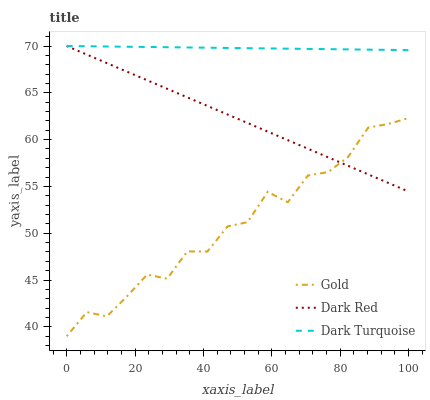
| xaxis_label | Gold | Dark Red | Dark Turquoise |
 | --- | --- | --- | --- |
 | 0 | 39 | 70 | 70 |
 | 5.88 | 41.6 | 69.1 | 70 |
 | 11.8 | 41.1 | 68.2 | 69.9 |
 | 17.6 | 43.3 | 67.3 | 69.9 |
 | 23.5 | 45.6 | 66.3 | 69.9 |
 | 29.4 | 45.1 | 65.4 | 69.9 |
 | 35.3 | 48.1 | 64.5 | 69.8 |
 | 41.2 | 48 | 63.6 | 69.8 |
 | 47.1 | 50.7 | 62.7 | 69.8 |
 | 52.9 | 51.2 | 61.8 | 69.8 |
 | 58.8 | 54.4 | 60.9 | 69.7 |
 | 64.7 | 53.3 | 59.9 | 69.7 |
 | 70.6 | 56.2 | 59 | 69.7 |
 | 76.5 | 56.5 | 58.1 | 69.7 |
 | 82.4 | 58.1 | 57.2 | 69.6 |
 | 88.2 | 61.3 | 56.3 | 69.6 |
 | 94.1 | 61.7 | 55.4 | 69.6 |
 | 100 | 62.3 | 54.5 | 69.6 |